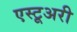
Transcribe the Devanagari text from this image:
एस्टूअरी